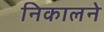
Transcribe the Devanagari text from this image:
निकालने